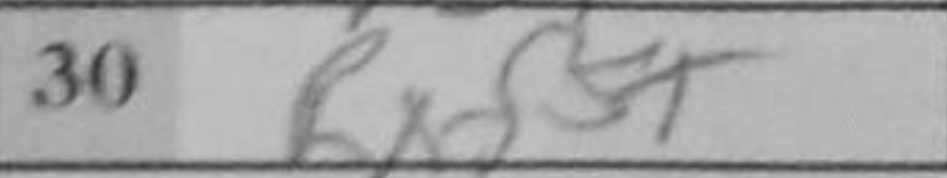
Transcription: Rxd5+